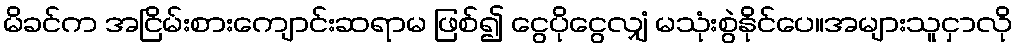
မိခင်က အငြိမ်းစားကျောင်းဆရာမ ဖြစ်၍ ငွေပိုငွေလျှံ မသုံးစွဲနိုင်ပေ။အများသူငှာလို